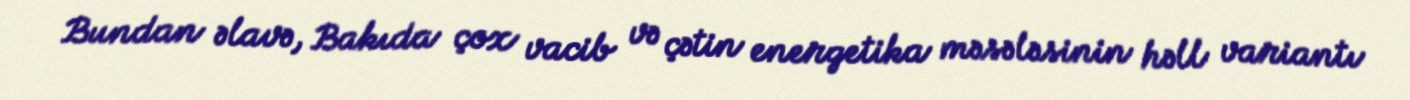
Bundan əlavə, Bakıda çox vacib və çətin energetika məsələsinin həll variantı